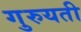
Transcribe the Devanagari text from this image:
गुरुयती